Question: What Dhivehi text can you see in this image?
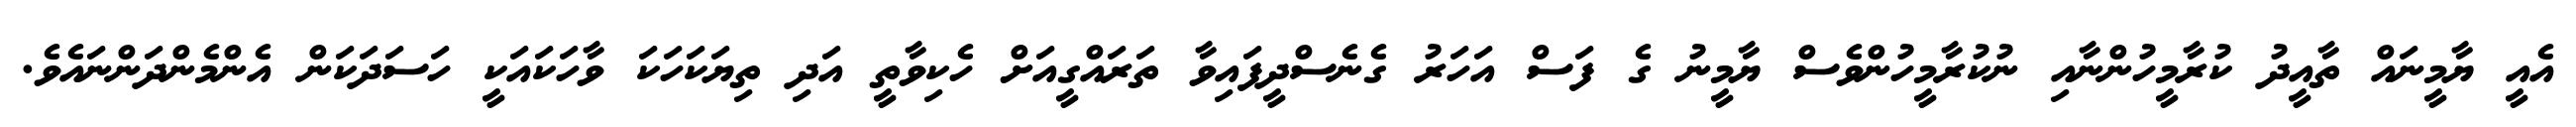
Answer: އެއީ ޔާމީނައް ތާއީދު ކުރާމީހުންނާއި ނުކުރާމީހުންވެސް ޔާމީނު ގެ ފަސް އަހަރު ގެނެސްދީފައިވާ ތަރައްގީއަށް ހެކިވާތީ އަދި ތިޔަކަހަކަ ވާހަކައަކީ ހަސަދަކަން އެންމެންދަންނައެވެ.